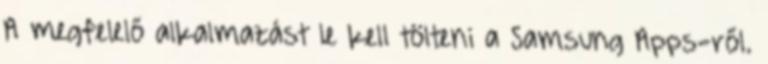
A megfelelő alkalmazást le kell tölteni a Samsung Apps-ről.